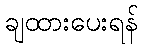
ချထားပေးရန်